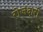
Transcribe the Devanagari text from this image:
रोजंदारी